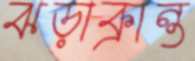
ঝড়াক্রান্ত